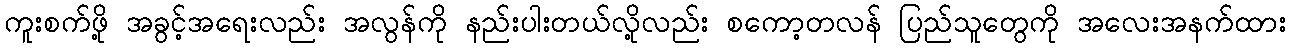
ကူးစက်ဖို့ အခွင့်အရေးလည်း အလွန်ကို နည်းပါးတယ်လို့လည်း စကော့တလန် ပြည်သူတွေကို အလေးအနက်ထား